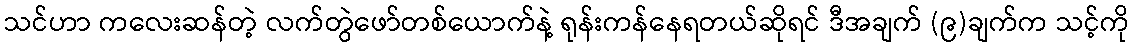
သင်ဟာ ကလေးဆန်တဲ့ လက်တွဲဖော်တစ်ယောက်နဲ့ ရုန်းကန်နေရတယ်ဆိုရင် ဒီအချက် (၉)ချက်က သင့်ကို